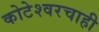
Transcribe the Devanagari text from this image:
कोटेश्वरचाही